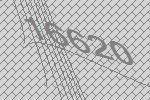
16620